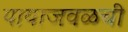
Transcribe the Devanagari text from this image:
पायाजवळची